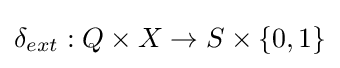
\delta _{ext}:Q\times X\rightarrow S\times \{0,1\}